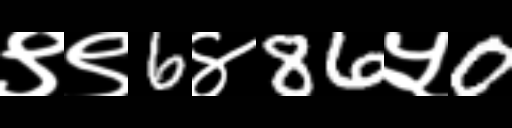
Text: ९९6४86५0